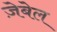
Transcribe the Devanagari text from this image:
ज़ेबेल